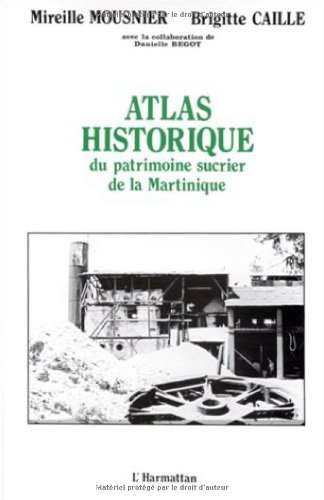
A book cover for Atlas historique du patrimoine sucrier de la Martinique (XVIIe-XXe s) (French Edition); Mireille Mousnier; Travel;